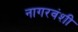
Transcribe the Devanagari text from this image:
नागरवंशी